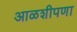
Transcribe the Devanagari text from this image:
आळशीपणा